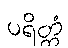
ပရိတ္တံ